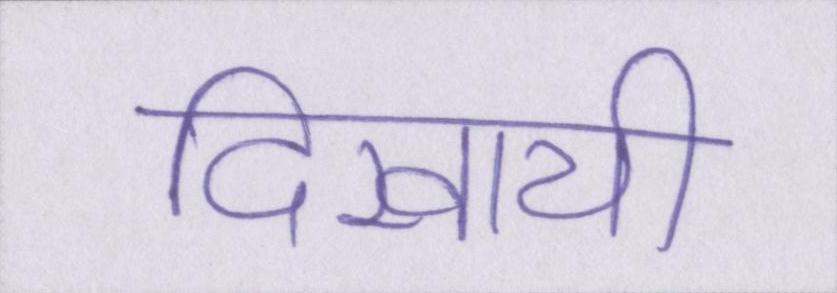
दिखायी